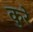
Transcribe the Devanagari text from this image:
कुरे